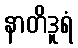
နာတိဒူရံ